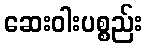
ဆေးဝါးပစ္စည်း